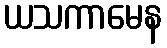
ယသကာမေန